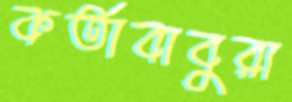
কর্তাবাবুরা